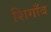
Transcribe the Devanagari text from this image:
शिगाँव